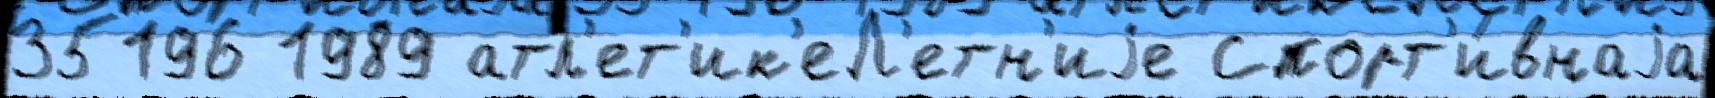
35196 1989 атл'ет'ик'еЛ'етн'иjе Спорт'и́внаjа